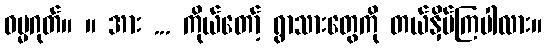
ဓမ္မဂုတ်။ ။ အား ... ကိုယ်တော့် ရွာသားတွေကို တယ်နှိမ်ကြပါလား။